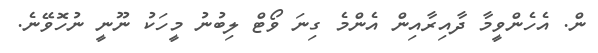
ން. އެހެންވީމާ ދާއިރާއިން އެންމެ ގިނަ ވޯޓް ލިބުނު މީހަކު ނޫނީ ނުހޮވޭނެ.